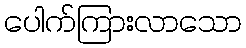
ပေါက်ကြားလာသော